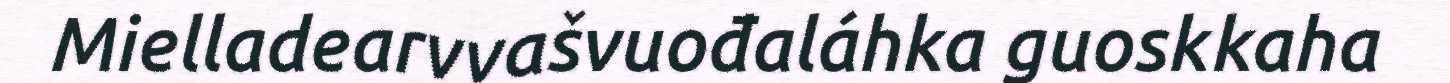
Mielladearvvašvuođaláhka guoskkaha